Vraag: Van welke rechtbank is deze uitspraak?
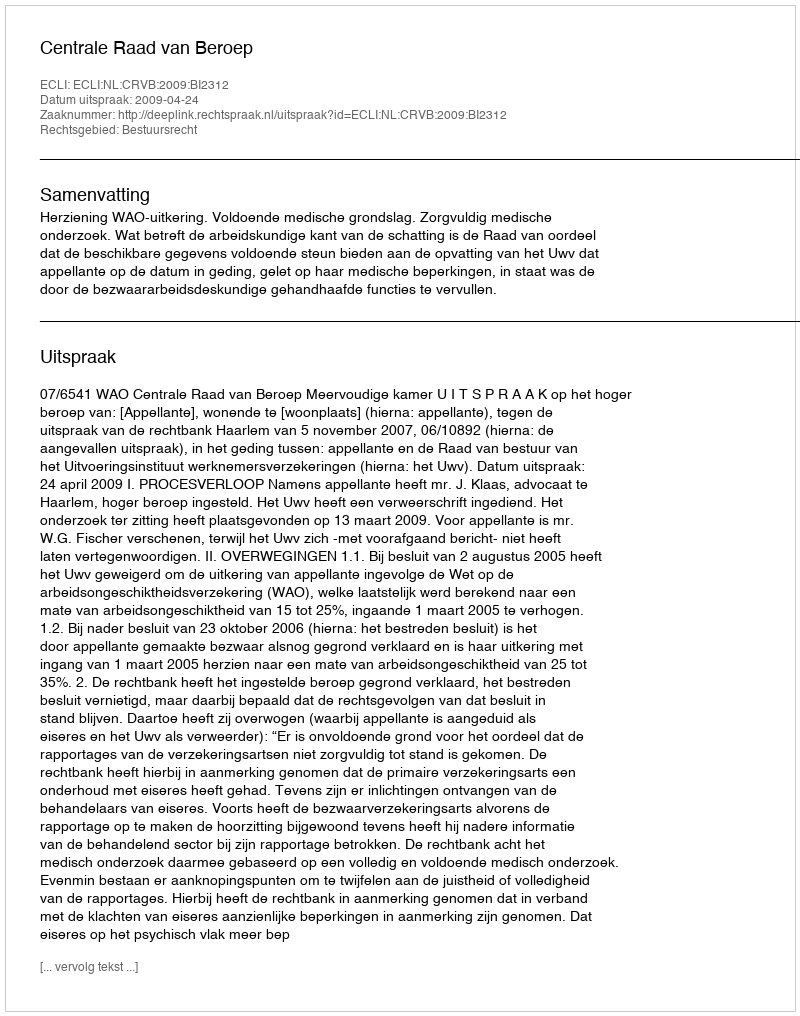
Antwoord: Centrale Raad van Beroep